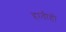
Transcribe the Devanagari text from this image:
हातीही